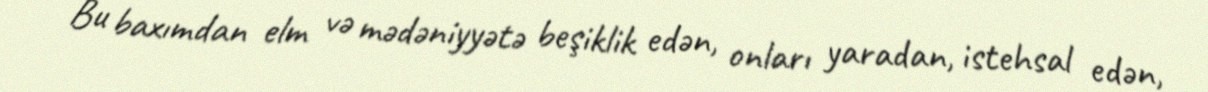
Bu baxımdan elm və mədəniyyətə beşiklik edən, onları yaradan, istehsal edən,